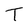
Character: T